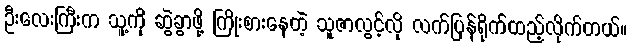
ဦးလေးကြီးက သူ့ကို ဆွဲခွာဖို့ ကြိုးစားနေတဲ့ သူဇာလွင့်လို လက်ပြန်ရိုက်ထည့်လိုက်တယ်။